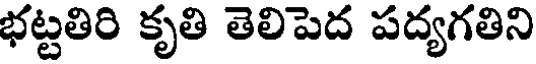
భట్టతిరి కృతి తెలిపెద పద్యగతిని